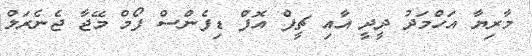
މާރިޔާ އަހްމަދު ދީދީ އާއި ޗީފް އޮފް ޑިފެންސް ފޯމް މޭޖާ ޖެނެރަލް